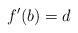
LaTeX: \begin{align*}f'(b)=d\end{align*}